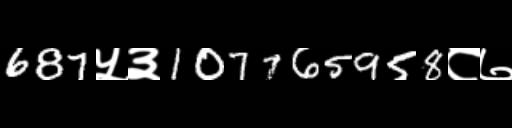
Text: 687५३107765958८७